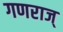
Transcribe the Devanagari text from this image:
गणराज्